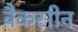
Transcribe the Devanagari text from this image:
वैकसीन